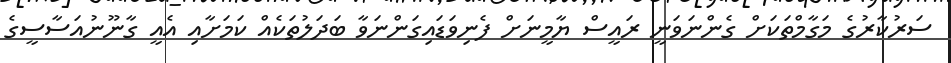
ސަރުކާރުގެ މަގާމްތަކަށް ގެންނަވަނީ ރައީސް ޔާމީނަށް ފެނިވަޑައިގަންނަވާ ބަދަލުތަކެއް ކަމަށާއި އެއީ ގާނޫނުއަސާސީގެ